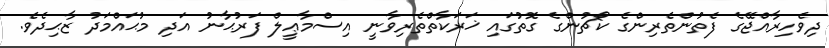
ދިވެހިރާއްޖޭގެ ފެތުންތެރިންގެ ކޯޗުންގެ ގޮތުގައި ޚަރަކާތްތެރިވާނީ އިސްމާޢީލް ފަރުޙާނު އަދި މުޙައްމަދު ޒާޙިދެވެ.